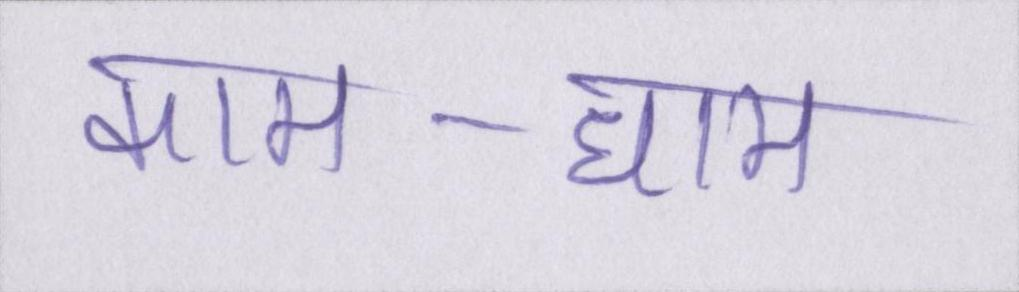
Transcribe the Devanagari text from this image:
काम-धाम